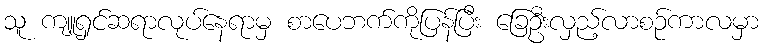
သူ ကျူရှင်ဆရာလုပ်နေရာမှ စာပေဘက်ကိုပြန်ပြီး ခြေဦးလှည့်လာစဉ်ကာလမှာ